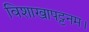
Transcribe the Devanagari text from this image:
विशाखापट्टनम।